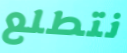
نتطلع